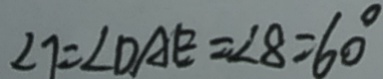
\angle 7 = \angle D A E = \angle 8 = 6 0 ^ { \circ }